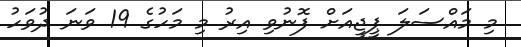
މި މައްސަލަ ޕީޖީއަށް ފޮނުވި އިރު މި މަހުގެ 19 ވަނަ ދުވަހު